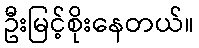
ဦးမြင့်စိုးနေတယ်။